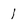
Character: I